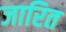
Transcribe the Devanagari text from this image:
जारित